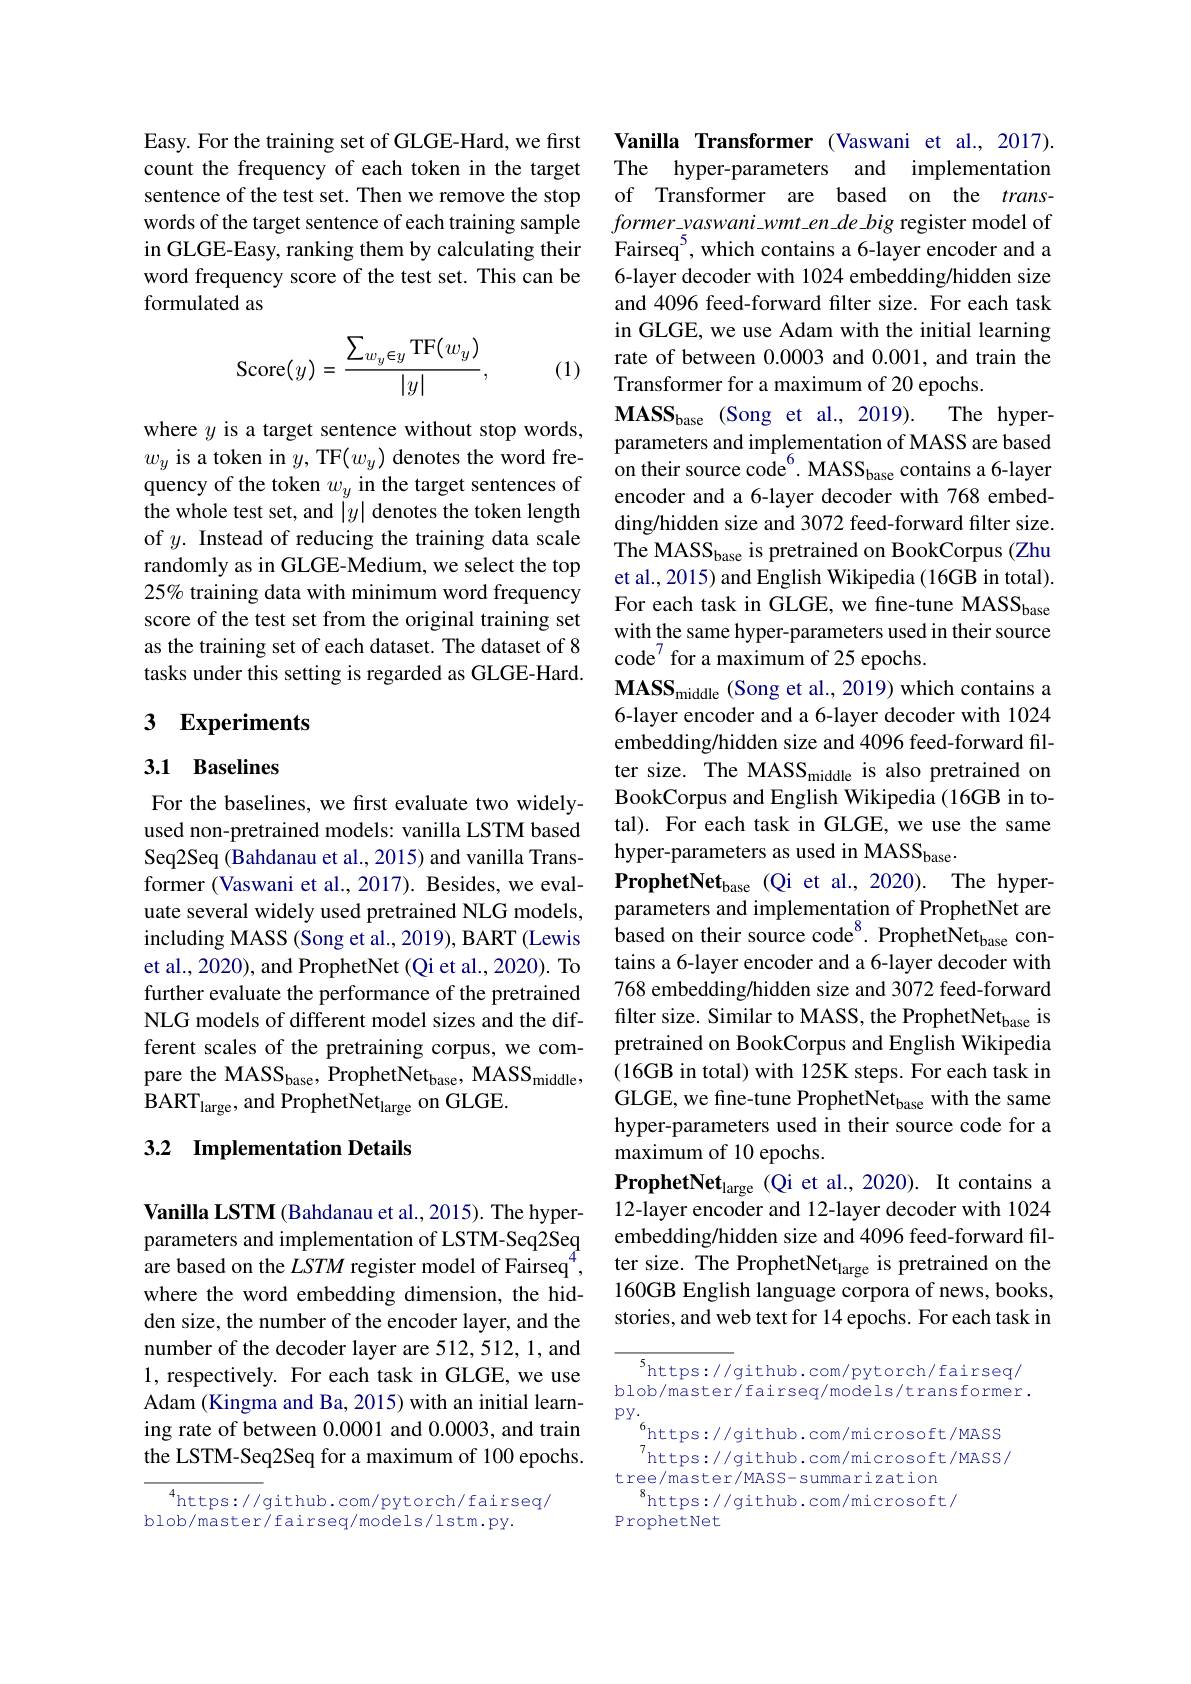
Easy. For the training set of GLGE-Hard, we first count the frequency of each token in the target sentence of the test set. Then we remove the stop words of the target sentence of each training sample in GLGE-Easy, ranking them by calculating their word frequency score of the test set. This can be formulated as
$$\mathrm{Score}(y)=\frac{\sum_{w_y\in y}\mathrm{TF}(w_y)}{|y|},$$
(1)

where $y$ is a target sentence without stop words,
$w_y$ is a token in $y$,TF$(w_y)$ denotes the word fre- on their source code$^6.$ MASS$_\text{base}$ contains a 6-layer quency of the token $w_x$ in the target sentences of
quency of the token $w_y$ in the target sentences of the whole test set, and $|y|$ denotes the token length of $y.$ Instead of reducing the training data scale randomly as in GLGE-Medium, we select the top 25% training data with minimum word frequency score of the test set from the original training set as the training set of each dataset. The dataset of 8 tasks under this setting is regarded as GLGE-Hard.

## 3 Experiments

## 3.1 Baselines

For the baselines, we first evaluate two widelyused non-pretrained models: vanilla LSTM based Seq2Seq (Bahdanau et al., 2015) and vanilla Transformer (Vaswani et al., 2017). Besides, we evaluate several widely used pretrained NLG models, including MASS (Song et al., 2019), BART (Lewis et al., 2020), and ProphetNet (Qi et al., 2020). To further evaluate the performance of the pretrained NLG models of different model sizes and the different scales of the pretraining corpus, we compare the MASS$_\mathrm{base}$, ProphetNet$_\mathrm{base}$, MASS$_\mathrm{middle}$, $\mathrm{BART}_{\mathrm{large}}$, and ProphetNet$_\mathrm{large}$ on GLGE.

## 3.2 Implementation Details

Vanilla LSTM (Bahdanau et al., 2015). The hyperparameters and implementation of LSTM-Seq2Seq are based on the $LSTM$ register model of Fairseq$^{4}$, where the word embedding dimension, the hidden size, the number of the encoder layer, and the number of the decoder layer are 512,512, 1, and 1, respectively. For each task in GLGE, we use Adam (Kingma and Ba, 2015) with an initial learning rate of between 0.0001 and 0.0003, and train the LSTM-Seq2Seq for a maximum of 100 epochs.

$^{4}$https://github.com/pytorch/fairseq/
blob/master/fairseq/models/lstm.py.

Vanilla Transformer (Vaswani et al., 2017). The hyper-parameters and implementation of Transformer are based on the trans- $former\_vaswani\_wmt\_en\_de\_big$ register model of Fairseq$^{5}$,which contains a 6-layer encoder and a 6-layer decoder with 1024 embedding/hidden size and 4096 feed-forward filter size. For each task in GLGE, we use Adam with the initial learning rate of between 0.0003 and 0.001, and train the Transformer for a maximum of 20 epochs.
$\mathbf{MASS}_{\mathrm{base}}$ (Song et al.,2019).
The hyper-
parameters and implementation of MASS are based encoder and a 6-layer decoder with 768 embedding/hidden size and 3072 feed-forward filter size. The MASSS$_\mathrm{base}$ is pretrained on BookCorpus (Zhu et al., 2015) and English Wikipedia (16GB in total). For each task in GLGE, we fine-tune MASS with the same hyper-parameters used in their source code$^{7}$ for a maximum of 25 epochs.
$\mathbf{MASS}_{\mathrm{middle~}}$(Song et al., 2019) which contains a 6-layer encoder and a 6-layer decoder with 1024 embedding/hidden size and 4096 feed-forward filter size. The MASS$_\mathrm{middle}$ is also pretrained on BookCorpus and English Wikipedia(16GB in total). For each task in GLGE, we use the same hyper-parameters as used in MASS
$\mathbf{ProphetNet}_{\mathrm{base}}$ (Qi et al.,2020). The hyperparameters and implementation of ProphetNet are $\dot{\text{based on their source code}}^{8}.\dot{\text{ProphetNet}}_{\mathrm{base}}$contains a 6-layer encoder and a 6-layer decoder with 768 embedding/hidden size and 3072 feed-forward filter size. Similar to MASS, the ProphetNet$_\mathrm{base}$ is pretrained on BookCorpus and English Wikipedia (16GB in total) with 125K steps. For each task in GLGE, we fine-tune ProphetNet$_\mathrm{base}$ with the same hyper-parameters used in their source code for a maximum of 10 epochs.
$\textbf{ProphetNet}_{\mathrm{large}}($Qi et al.,2020).It contains a 12-layer encoder and 12-layer decoder with 1024 embedding/hidden size and 4096 feed-forward filter size. The ProphetNet$_\mathrm{large}$ is pretrained on the 160GB English language corpora of news, books, stories, and web text for 14 epochs. For each task in

$^{5}$https://github.com/pytorch/fairseq/ blob/master/fairseq/models/transformer. $\mathrm{pY.}_{6}$
$^{6}$https://github.com/microsoft/MASS $^{7}$https://github.com/microsoft/MASS/
tree/master/MASS-summarization
$^{8}$https://github.com/microsoft/
ProphetNet